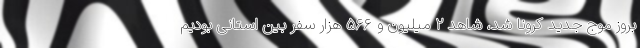
بروز موج جدید کرونا شد، شاهد ۲ میلیون و ۵۶۶ هزار سفر بین استانی بودیم